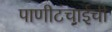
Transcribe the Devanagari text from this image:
पाणीटंचाईची